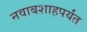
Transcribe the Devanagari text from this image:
नवाबशाहपर्यंत